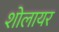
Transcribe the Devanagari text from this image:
शोलायर